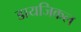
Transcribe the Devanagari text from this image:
डायजिकल